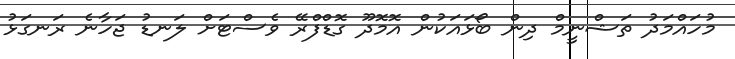
މުހައްމަދު ތަޝްނީމް ދިން ބޯޅައަކުން އޮމޮދޫ ގޮޑްފްރޭ ވެސްޓަށް ލަނޑު ޖަހާނެ ރަނގަޅު